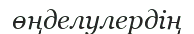
өңделулердің